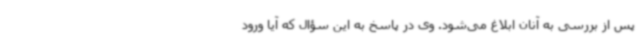
پس از بررسی به آنان ابلاغ می‌شود. وی در پاسخ به این سؤال که آیا ورود